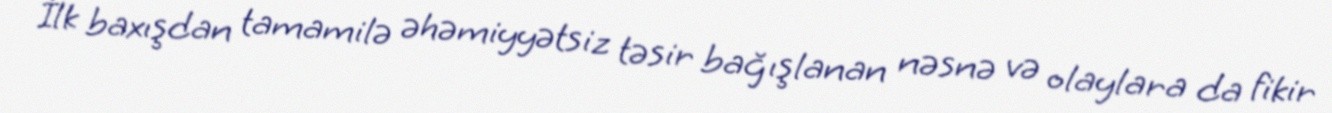
İlk baxışdan tamamilə əhəmiyyətsiz təsir bağışlanan nəsnə və olaylara da fikir